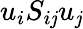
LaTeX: u_{i}S_{i\mathit{j}}u_{\mathit{j}}